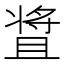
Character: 𬌒